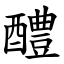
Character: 醴